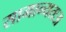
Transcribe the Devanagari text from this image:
सामान्यतःअ